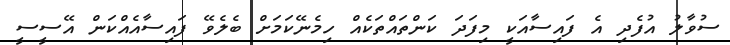
ސުވާލު އުފެދި އެ ފައިސާއަކީ މިފަދަ ކަންތައްތަކެއް ހިމެނޭކަމަށް ބެލެވޭ ފައިސާއެއްކަން އޭސީސީ